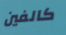
كالفين